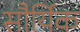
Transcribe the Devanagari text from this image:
सौर्यिक